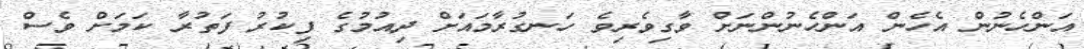
އަންހެނުން އެހެން އަންހެނުންނަށް ވާގިވެރިވެ ހަނގުރާމައަށް ދިއުމުގެ ފިކުރު ފަތުރާ ކަމަށް ވެސް